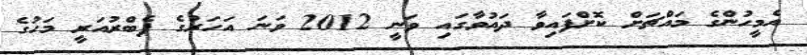
އެމީހުންގެ މައްޗަށް ކޮށްފައިވާ ދައުވާގައި ވަނީ 2012 ވަނަ އަހަރުގެ ފެބްރުއަރީ މަހުގެ